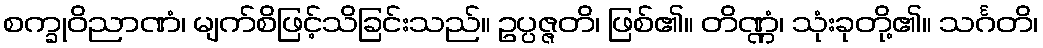
စက္ခုဝိညာဏံ၊ မျက်စိဖြင့်သိခြင်းသည်။ ဥပ္ပဇ္ဇတိ၊ ဖြစ်၏။ တိဏ္ဏံ၊ သုံးခုတို့၏။ သင်္ဂတိ၊